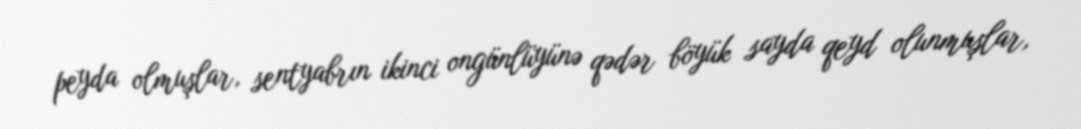
peyda olmuşlar, sentyabrın ikinci ongünlüyünə qədər böyük sayda qeyd olunmuşlar,